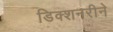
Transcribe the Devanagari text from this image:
डिक्शनरीने